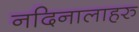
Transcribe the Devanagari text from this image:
नदिनालाहरु